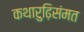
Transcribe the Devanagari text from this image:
कथारुढ़िसंमत